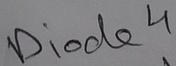
Text: Diode4